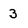
Character: 3